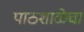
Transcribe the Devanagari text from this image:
पाठशाळेचा